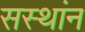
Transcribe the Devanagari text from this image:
सस्थांन